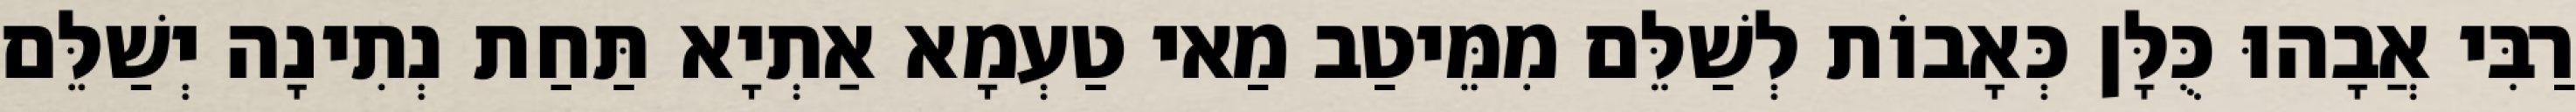
רַבִּי אֲבָהוּ כֻּלָּן כְּאָבוֹת לְשַׁלֵּם מִמֵּיטַב מַאי טַעְמָא אַתְיָא תַּחַת נְתִינָה יְשַׁלֵּם